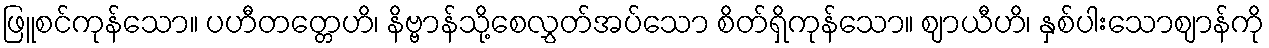
ဖြူစင်ကုန်သော။ ပဟီတတ္တေဟိ၊ နိဗ္ဗာန်သို့စေလွှတ်အပ်သော စိတ်ရှိကုန်သော။ ဈာယီဟိ၊ နှစ်ပါးသောဈာန်ကို